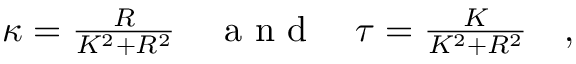
\begin{array} { r } { \kappa = \frac { R } { K ^ { 2 } + R ^ { 2 } } \quad \textrm { a n d } \quad \tau = \frac { K } { K ^ { 2 } + R ^ { 2 } } \quad , } \end{array}